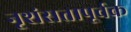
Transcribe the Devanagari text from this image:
नृशंसतापूर्वक